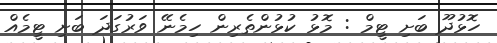
ހޮޅުދޫ ބަށި ޓީމް : މޮޅު ކުޅުންތެރިން ހިމެނޭ ވަރުގަދަ ބަށި ޓީމެއް